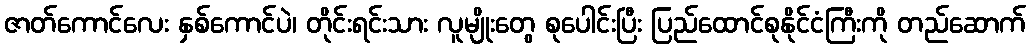
ဇာတ်ကောင်လေး နှစ်ကောင်ပဲ၊ တိုင်းရင်းသား လူမျိုးတွေ စုပေါင်းပြီး ပြည်ထောင်စုနိုင်ငံကြီးကို တည်ဆောက်